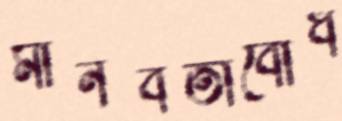
মানবতাবোধ